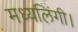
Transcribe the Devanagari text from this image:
मध्यलिंगी।